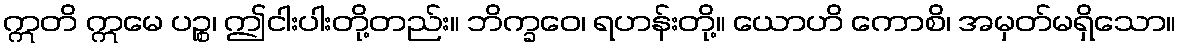
ဣတိ ဣမေ ပဉ္စ၊ ဤငါးပါးတို့တည်း။ ဘိက္ခဝေ၊ ရဟန်းတို့။ ယောဟိ ကောစိ၊ အမှတ်မရှိသော။